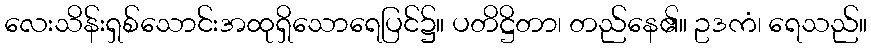
လေးသိန်းရှစ်သောင်းအထုရှိသောရေပြင်၌။ ပတိဋ္ဌိတာ၊ တည်နေ၏။ ဥဒကံ၊ ရေသည်။